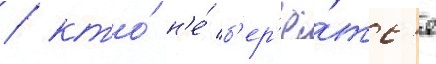
/ кто́ н'е́ б'ер'ё́тс'я